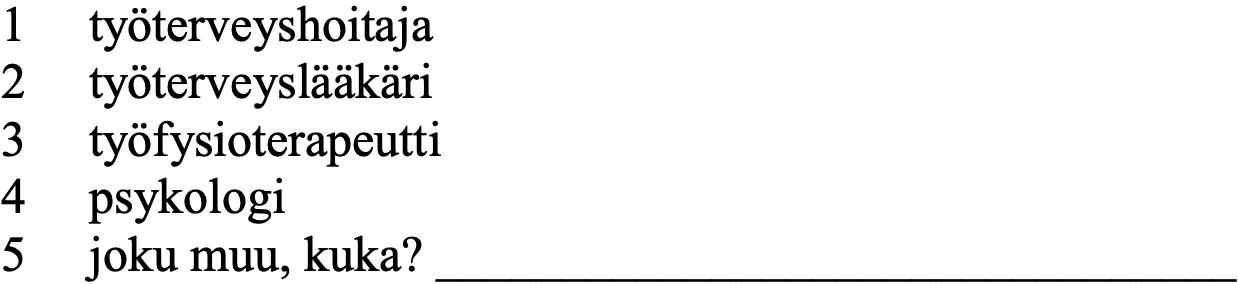
1  työterveyshoitaja 2  työterveyslääkäri 3  työfysioterapeutti 4  psykologi 5  joku muu, kuka? ________________________________